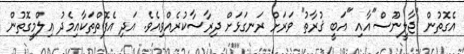
އެގޮތުން "ޖާލީނޫސް"އާއި "އަބީ ޤުރާތު" ވަރަށް ރަނގަޅަށް ދިރާސާކުރެއްވިއެވެ. އަދި އެފޮތްތަކާއިމެދު ޢިލްމީގޮތުން